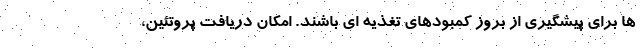
ها برای پیشگیری از بروز کمبودهای تغذیه ای باشند. امکان دریافت پروتئین،